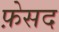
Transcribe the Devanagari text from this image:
फ़ेसद